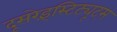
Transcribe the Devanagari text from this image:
दूसरेइंस्टिट्यूट्स